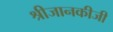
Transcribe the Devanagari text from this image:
श्रीजानकीजी